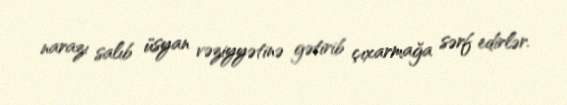
narazı salıb üsyan vəziyyətinə gətirib çıxarmağa sərf edirlər.